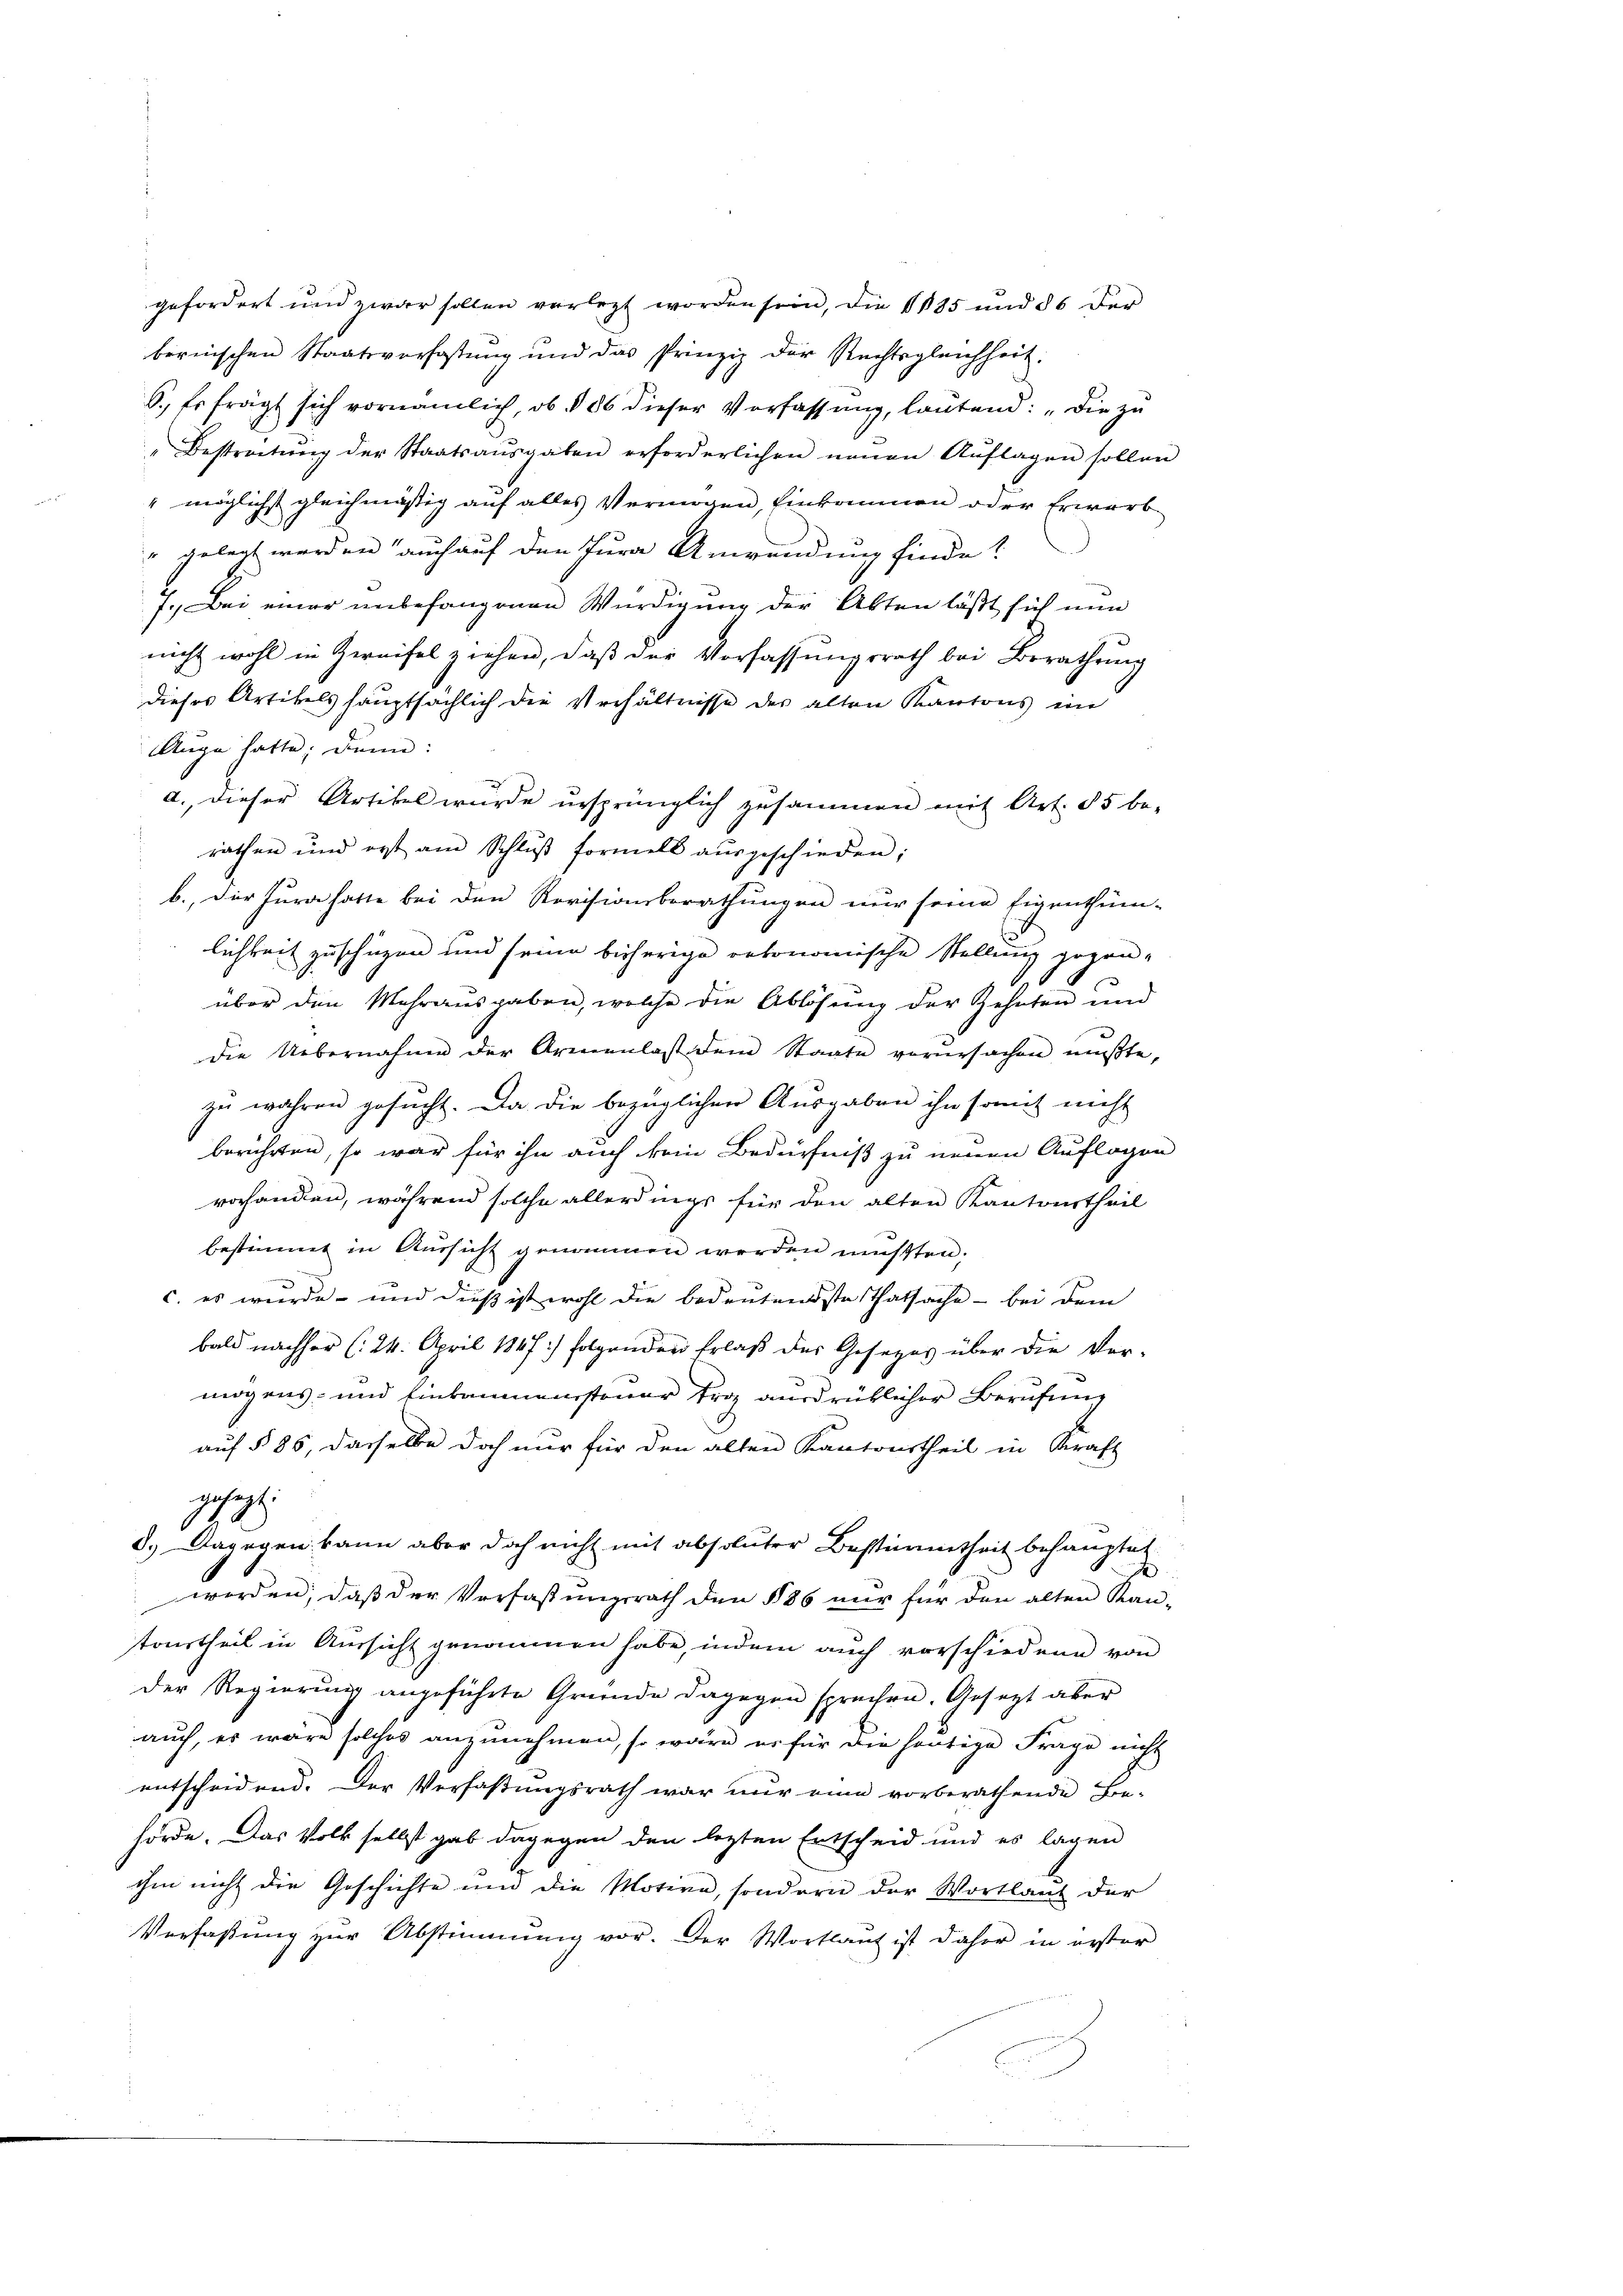
Auge hatte; dann:
a. dieser Artikel wurde ursprünglich zusammen mit Art. 55 be-
rathen und erst am Schlŭβ formelt aŭsgeschieden;
b. Der Jura hatte bei den Revisionsberathungen nur seine Eigenthüm-
lichkeit zu schüzen und seine bisherige retonomische Stellung gegen-
über den Mehrausgaben, welche die Ablösung der Zehnten und
die Uebernahme der Armenlast dem Staate verŭrsachen müβte.
zu wahren gesucht. Da die bezüglichen Ausgaben ihn somit nicht
berührten, so war für ihn auch kein Bedürfniß zu neuen Auflagen
vorhanden, während solche allerdings für den alten Kantonstheil
bestimmt in Aŭssicht genommen werden müßten;
a
c. es wurde - und dieß ist wohl die bedeutendste Thatsache - bei dem
bald nachher (24. April 1847) folgenden Erlaß des Gesetzes über die Vor-
mögens- und Einkammenssteuer fra ausdrüklicher Berufung
auf § 85, dasselbe doch nur für den alten Kantonstheil in Kraft
Jah.
8.) Dagegen kann aber doch nicht mit absoluter Bestimmtheit behaupten
worden, daß der Verfaßungsrath den § 86 nur für den alten Kan-
trurtheil in Aussicht genommen habe, indem auch vorschiedene von
Der Regierung angeführte Gründe dagegen sprachen. Gesezt aber
auch, es wäre solches anzunehmen, so wäre er für die heutige Frage nicht
entscheidend. Der Verfaßungsrath war nur eine vorberathende Be-
hörde. Das Volk selbst gab dagegen den lezten Entscheid und es lagen
ihm nicht die Geschichte und die Motive, sondern der Wortlaut der
Verfaßung zur Abstimmung vor. Der Wortlaut ist daher in erster

gefordert und zwar sollen verlegt worden sein, die 1885 und 56 der
bernischen Staatsverfassung und das Prinzip der Rechtsgleichheit.
6., Er frägt sich vornämlich, ob § 86 dieser Verfassung, lautend: „Die zu
Bestratŭng der Staatsaŭsgaben erforderlichen neuen Aŭflagen sollen
" möglichst gleichmäßig auf alles Vermögen, Einkommen oder Erwarb
" gelegt werden, auch auf den Jura Anwendung finde?
f., Bei einer unbefangenen Würdigung der Abten läßt sich nun
nicht wohl in Zweifel ziehen, daß der Verfassungsrath bei Berathung
dieses Artikels hauptsächlich die Verhältnisse des alten Kantons ein